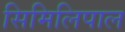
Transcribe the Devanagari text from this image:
सिमिलिपाल